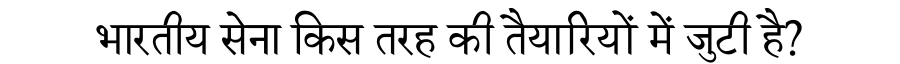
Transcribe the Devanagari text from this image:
भारतीय सेना किस तरह की तैयारियों में जुटी है?